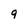
Character: 9